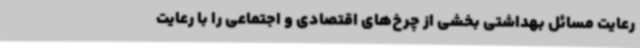
رعایت مسائل بهداشتی بخشی از چرخ‌های اقتصادی و اجتماعی را با رعایت